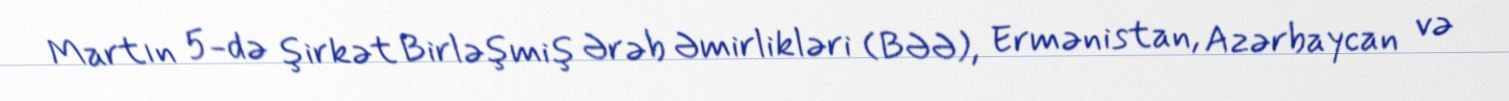
Martın 5-də şirkət Birləşmiş Ərəb Əmirlikləri (BƏƏ), Ermənistan, Azərbaycan və